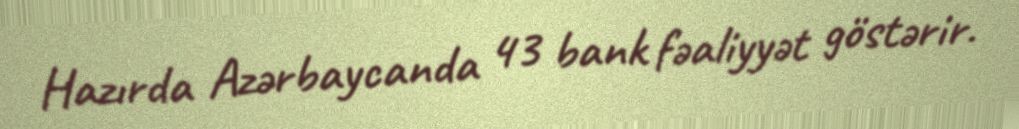
Hazırda Azərbaycanda 43 bank fəaliyyət göstərir.